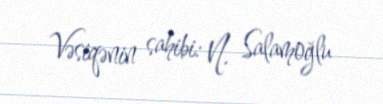
Vəsiqənin sahibi: N. Salamoğlu